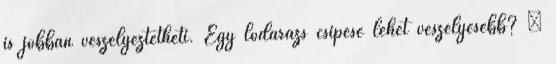
is jobban veszélyeztetheti. Egy lódarázs csípése lehet veszélyesebb? –